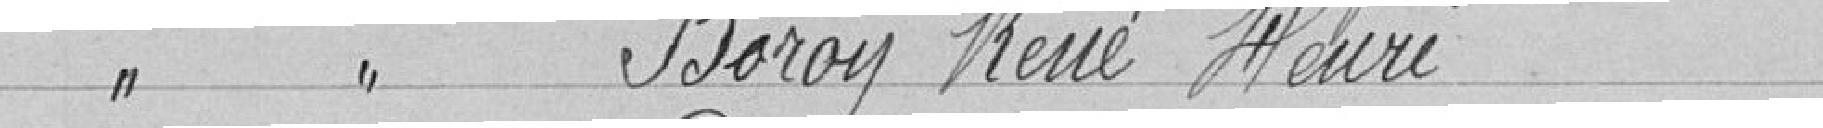
Classe 1926 BOROY René Henri,